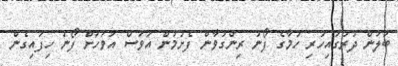
ބަލަން ދުރުގައިހުރި ހުމާގެ ފޯނު ރިންގުވާން ފެށުމުން އަވަސް އަވަހަށް ފޯނު ހިފައިގެން